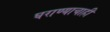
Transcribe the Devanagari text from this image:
घराण्याचाही